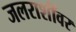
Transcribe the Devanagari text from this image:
जलराशींवर